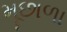
મૂછાળા